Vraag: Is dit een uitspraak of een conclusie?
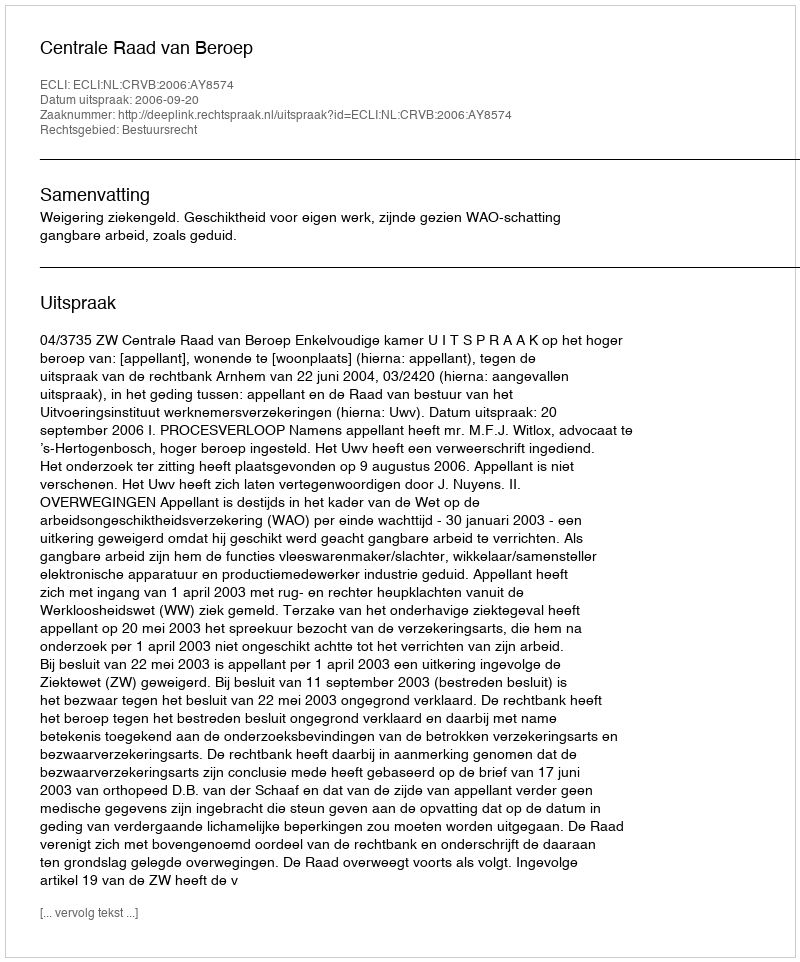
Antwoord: Uitspraak